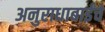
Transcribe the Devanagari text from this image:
अनुराधाबाईंचे